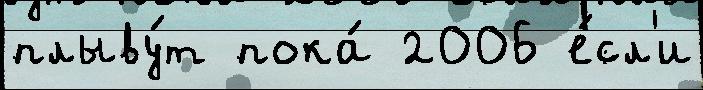
плыву́т пока́ 2006 е́сл'и